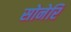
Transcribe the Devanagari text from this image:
सोनेरि